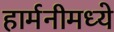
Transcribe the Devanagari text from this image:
हार्मनीमध्ये